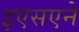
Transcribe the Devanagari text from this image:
इएसएने